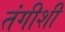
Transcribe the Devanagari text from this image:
तंगीशी